Scientific memoirs by medical officers of the Army of India - Part VII,
Year: 1892
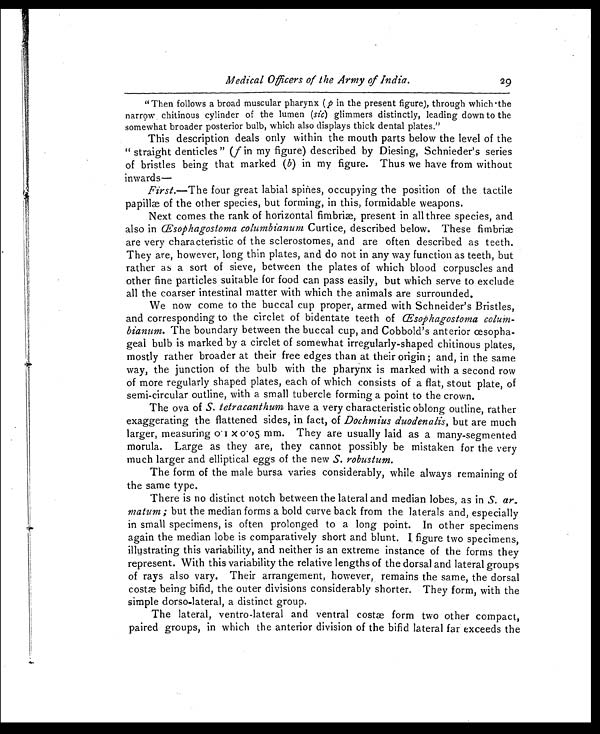
Medical Officers of the Army of India.
29
"Then follows a broad muscular pharynx ( p in the present figure), through which the
narrow, chitinous cylinder of the lumen ( sic) glimmers distinctly, leading down to the
somewhat broader posterior bulb, which also displays thick dental plates."
This description deals only within the mouth parts below the level of the
" straight denticles " (f in my figure) described by Diesing, Schnieder's series
of bristles being that marked ( b) in my figure. Thus we have from without
inwards-
First.—The four great labial spines, occupying the position of the tactile
papillæ of the other species, but forming, in this, formidable weapons.
Next comes the rank of horizontal fimbriæ, present in all three species, and
also in Œsophagostoma columbianum Curtice, described below. These fimbriæ
are very characteristic of the sclerostomes, and are often described as teeth.
They are, however, long thin plates, and do not in any way function as teeth, but
rather as a sort of sieve, between the plates of which blood corpuscles and
other fine particles suitable for food can pass easily, but which serve to exclude
all the coarser intestinal matter with which the animals are surrounded.
We now come to the buccal cup proper, armed with Schneider's Bristles,
and corresponding to the circlet of bidentate teeth of Œsophagostoma colum-
bianum. The boundary between the buccal cup, and Cobbold's anterior œsopha-
geal bulb is marked by a circlet of somewhat irregularly-shaped chitinous plates,
mostly rather broader at their free edges than at their origin and, in the same
way, the junction of the bulb with the pharynx is marked with a second row
of more regularly shaped plates, each of which consists of a flat, stout plate, of
semi-circular outline, with a small tubercle forming a point to the crown.
The ova of S. tetracanthum have a very characteristic oblong outline, rather
exaggerating the flattened sides, in fact, of Dochmius duodenalis, but are much
larger, measuring 0·1 x 0·05 mm. They are usually laid as a many-segmented
morula. Large as they are, they cannot possibly be mistaken for the very
much larger and elliptical eggs of the new S. robustum.
The form of the male bursa varies considerably, while always remaining of
the same type.
There is no distinct notch between the lateral and median lobes, as in S. ar
-matum ; but the median forms a bold curve back from the laterals and, especially
in small specimens, is often prolonged to a long point. In other specimens
again the median lobe is comparatively short and blunt. I . figure two specimens,
illustrating this variability, and neither is an extreme instance of the forms they
represent. With this variability the relative lengths of the dorsal and lateral groups
of rays also vary. Their arrangement, however, remains the same, the dorsal
costæ being bifid, the outer divisions considerably shorter. They form, with the
simple dorso-lateral, a distinct group.
The lateral, ventro-lateral and ventral costæ form two other compact,
paired groups, in which the anterior division of the bifid lateral far exceeds the